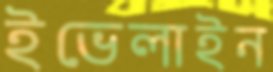
ইভেলাইন